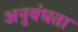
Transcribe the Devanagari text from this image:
अनुबंधता